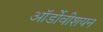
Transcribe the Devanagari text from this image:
ऑर्डोवीशयन